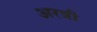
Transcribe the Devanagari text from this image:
अरत्री